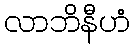
လာဘိနီဟံ